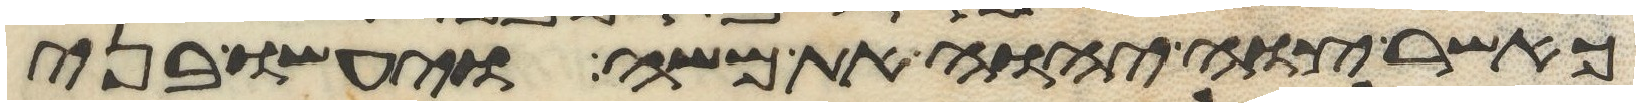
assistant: כאשר צוה יהוה את משה ויעשו בני